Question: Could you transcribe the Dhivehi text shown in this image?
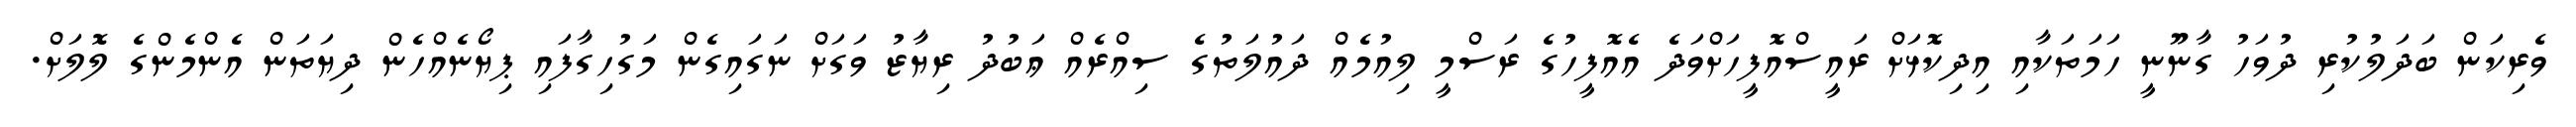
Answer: ވެރިކަން ބަދަލުކުރި ދުވަހު ގާނޫނީ ހަމަތަކާއި އިދިކޮޅަށް ރައީސްއޮފީހަށްވަދެ އެއޮފީހުގެ ރަސްމީ ލިއުމެއް ދައުލަތުގެ ސިއްރެއް ޢަބުދު ރިޔާޒު ވަގަށް ނަގައިގެން މަގުހިގާފައި ޕިޔޯނެއްހެން ދިޔަތަން އެންމެންގެ ލޮލަށް.